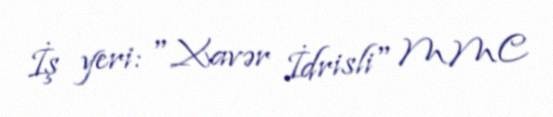
İş yeri: "Xavər İdrisli" MMC